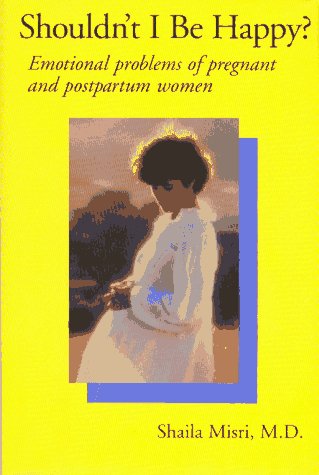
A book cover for SHOULDN'T I BE HAPPY?: Emotional Problems of Pregnant and Postpartum Women; Shaila Misri; Health, Fitness & Dieting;